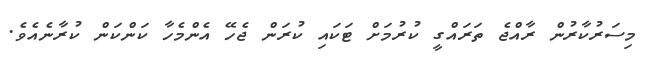
މިސަރުކާރުން ރާއްޖެ ތަރައްގީ ކުރުމަށް ޓަކައި ކުރަން ޖެހޭ އެންމެހާ ކަންކަން ކުރާނެއެވެ.